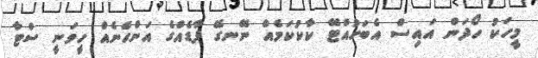
މީހަކު ހޯދަން އައިސް އެބަހުއްޓޭ ކާކުކަމެއް ނޭނގޭ ފާޑެއްގެ އަންހެނެއް ހީވަނީ ސްޓާ